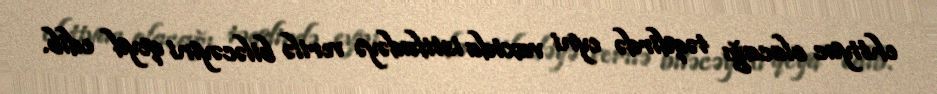
ehtiyac olacağı təqdirdə eyni vaxtda istifadəyə verilə biləcəyini qeyd edib.